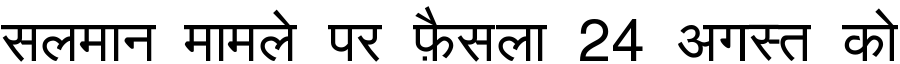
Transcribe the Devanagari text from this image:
सलमान मामले पर फ़ैसला 24 अगस्त को